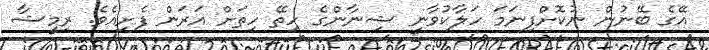
އޭގެ ބޭނުން ނުކޮށްފިނަމަ ހަލާކުވާނީ ޝިނާންގެ ހިތޭ ހިތަށް އަރަން ފެށިއެވެ. ރިމީޝާ